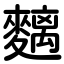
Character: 麶